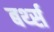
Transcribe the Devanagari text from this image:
बर्थ्स